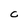
Character: C